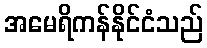
အမေရိကန်နိုင်ငံသည်